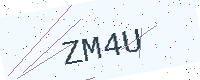
Text: ZM4U